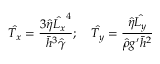
\hat { T _ { x } } = \frac { 3 \hat { \eta } \hat { L _ { x } } ^ { 4 } } { \bar { h } ^ { 3 } \hat { \gamma } } ; \quad \hat { T _ { y } } = \frac { \hat { \eta } \hat { L _ { y } } } { \hat { \rho } g ^ { \prime } \bar { h } ^ { 2 } }